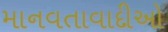
માનવતાવાદીઓ